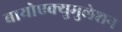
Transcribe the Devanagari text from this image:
बायोएक्युमुलेशन